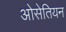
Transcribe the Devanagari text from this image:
ओसेतियन